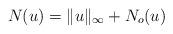
LaTeX: \begin{align*}N(u) = \|u\|_\infty + N_o(u)\end{align*}